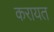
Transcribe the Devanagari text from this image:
करायत